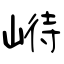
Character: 崻